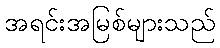
အရင်းအမြစ်များသည်